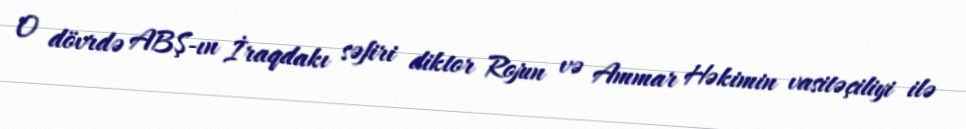
O dövrdə ABŞ-ın İraqdakı səfiri diktor Rojun və Ammar Həkimin vasitəçiliyi ilə